Vana-Antsla_vallavalitsus, lk 160
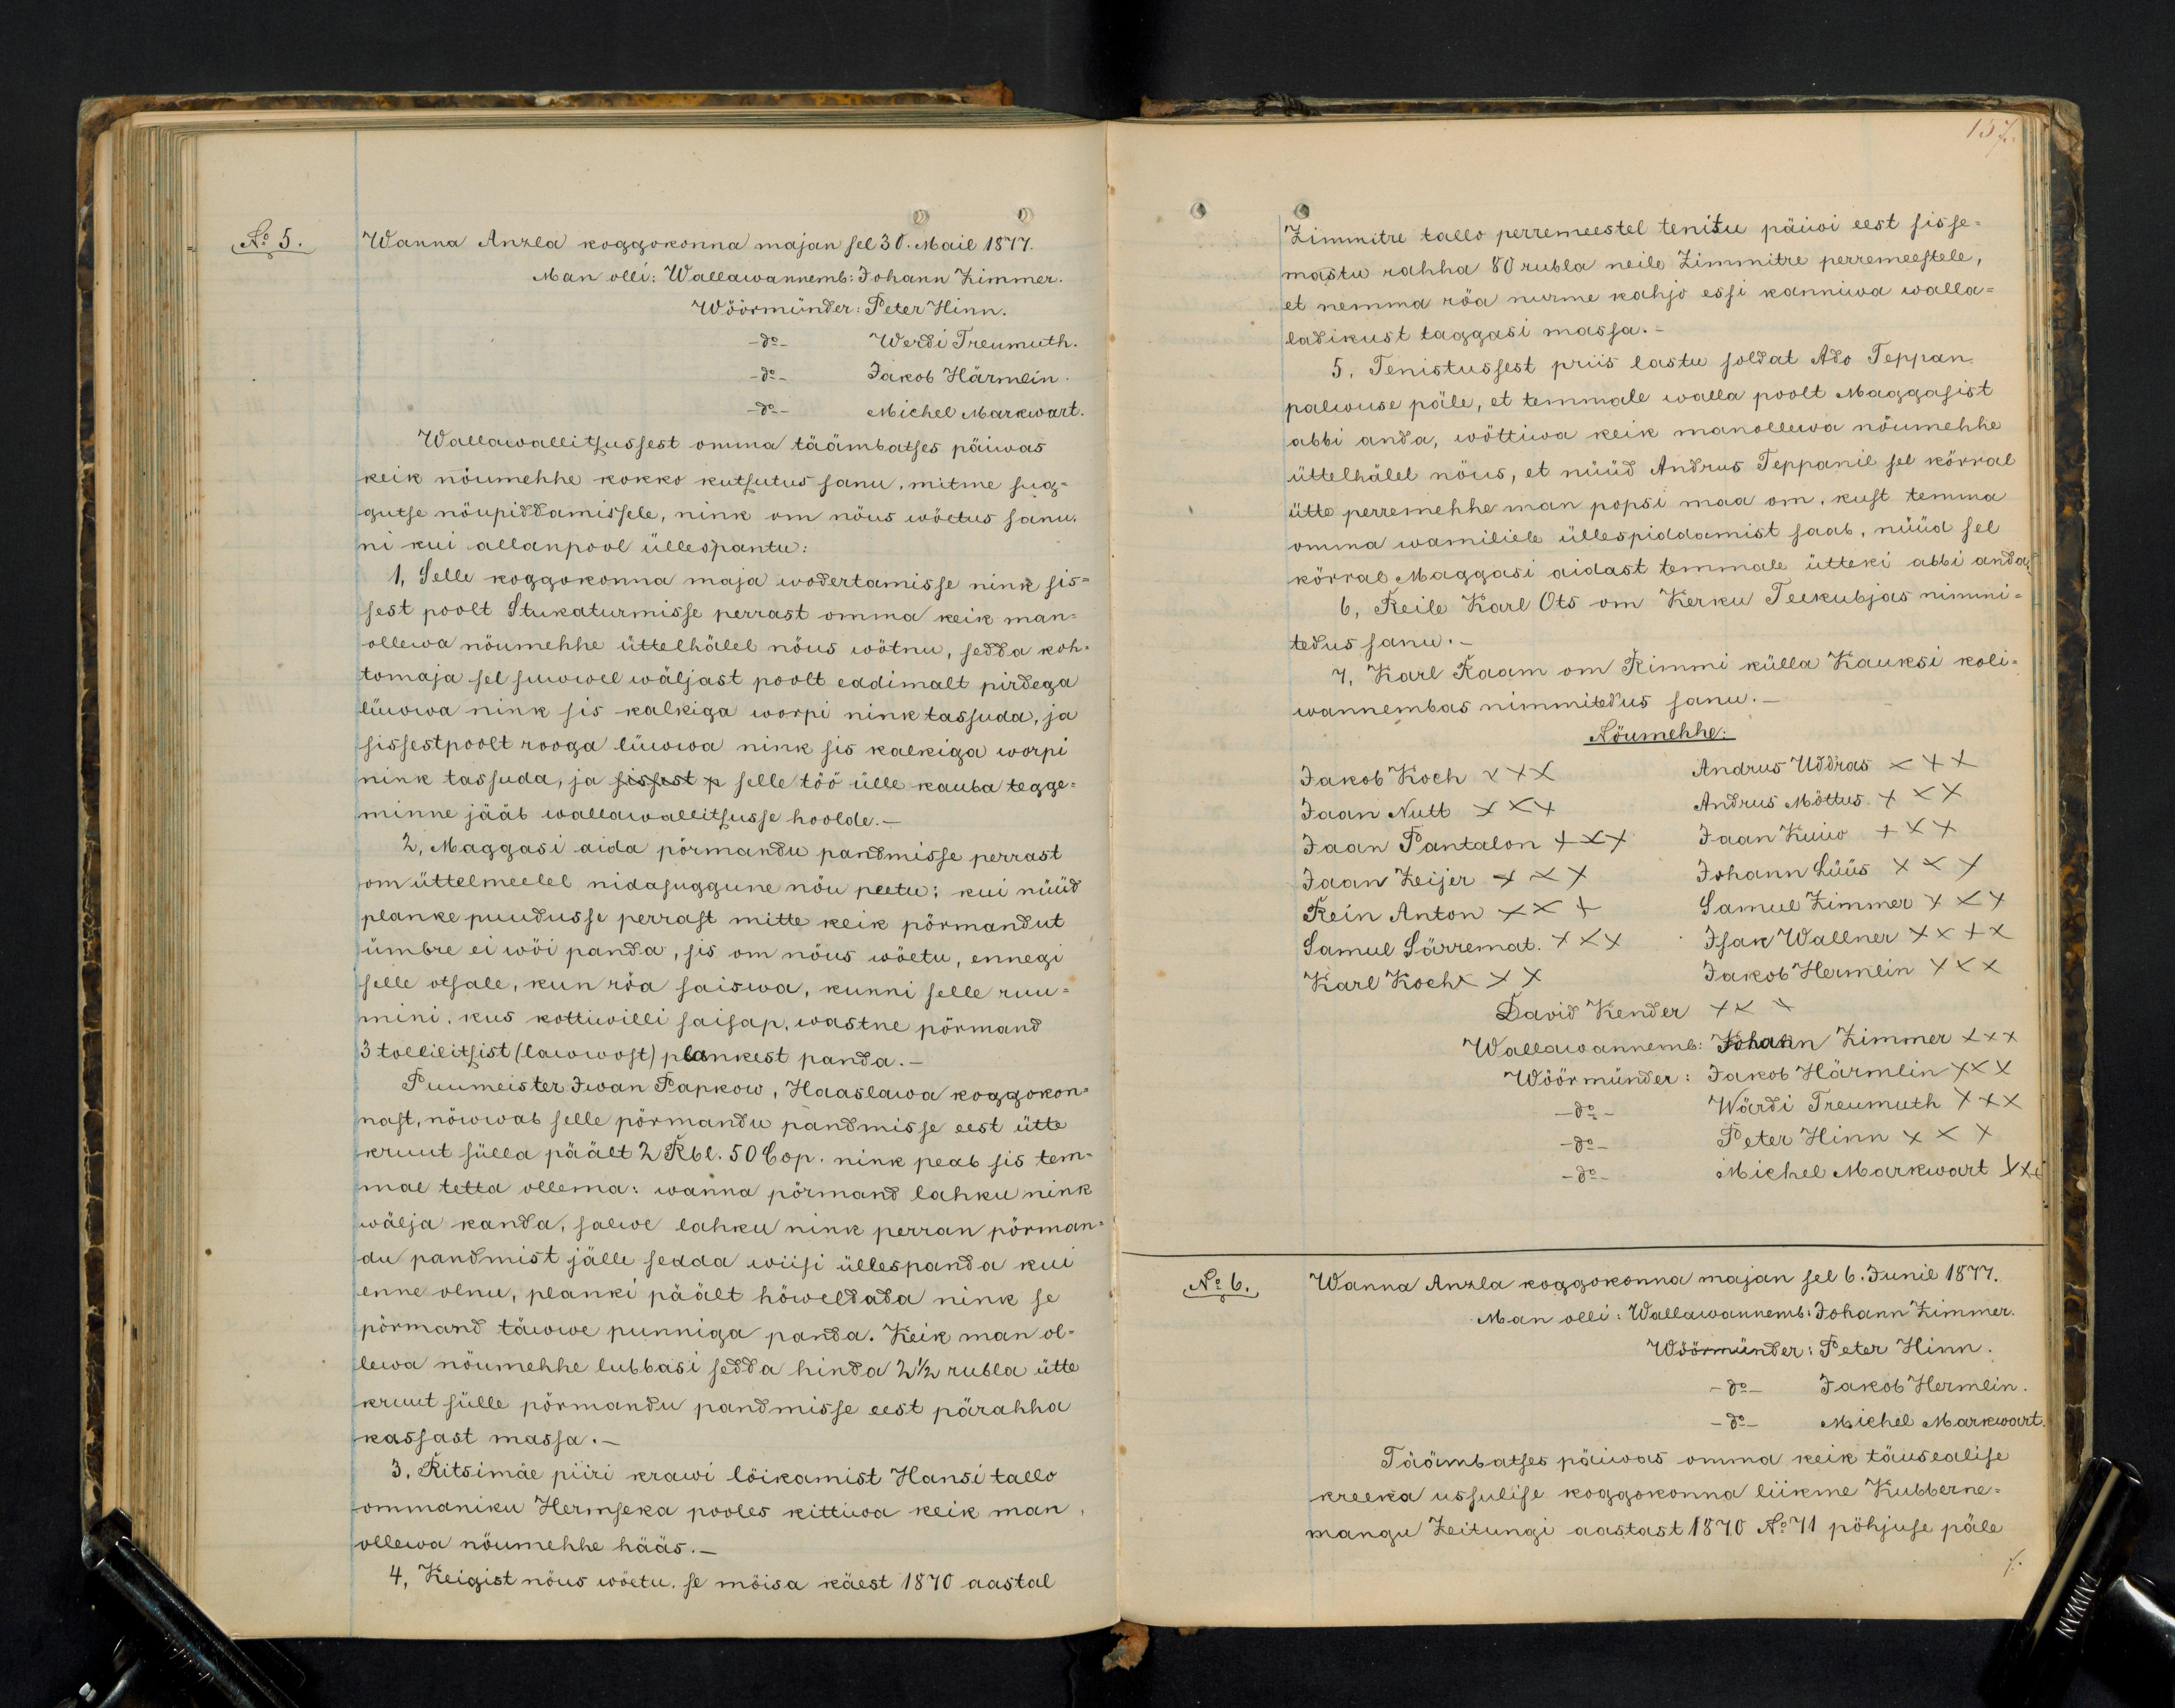
Wanna Anzla koggokonna majan sel 30. Mail 1877.
Man olli: Wallawannemb: Johann Zimmer.
Wöörmünder: Peter Hinn.
do - Werdi Treumuth.
do. Jakob Härmlin.
- do - Michel Markwart.
Wallawallitsussest omma täämbatses päiwas
keik nöumehhe kokko kutsutus sanu, mitme sug-
gutse nöupiddamissele, nink om nöus wöetus sanu
ni kui allanpool üllespantu:
1, Selle koggokonna maja wodertamisse nink sis-
sest poolt Stukaturmisse perrast omma keik man-
ollewa nöumehhe üttelhälel nöus wötnu, sedda koh-
tomaja sel suwwel wäljast poolt eddimalt pirdega
lüwwa nink sis kalkiga worpi nink tassuda, ja
sissestpoolt rooga lüwwa nink sis kalkiga worpi
nink tassuda, ja sissest p selle töö ülle kauba tegge-
minne jääb wallawallitsusse hoolde.
2, Maggasi aida pörmandu pandmisse perrast
om üttelmeelel nidasuggune nöu peetu: kui nüüd
planke puudusse perrast mitte keik pörmandut
ümbre ei wöi panda, sis om nöus wöetu, ennegi
selle otsale, kun röa saiswa, kinni selle ruu-
mini, kus kottiwilli saisap, wastne pörmand
3 tollilitsist (lawwost) plankest panda.
Puumeister Iwan Papkow, Haaslawa koggokon-
nast, nöwwab selle pörmandu pandmisse eest ütte
kruut sülla päält 2 Rbl. 50 kop. nink peab sis tem-
mal tetta ollema: wanna pörmand lahku nink
wälja kanda, salwe lahku nink perran pörman-
du pandmist jälle sedda wiisi üllespanda kui
enne olnu, planki päält höweltada nink se
pörmand täwwe punniga panda. Keik man ol-
lewa nöumehhe lubbasi sedda hinda 2 1/2 rubla ütte
kruut sülle pörmandu pandmisse eest pärahha
kassast massa.
3. Ritsimäe piiri krawi löikamist Hansi tallo
ommaniku Hermseka pooles kittiwa keik man
ollewa nöumehhe hääs. -
4, Keigist nöus wõetu, se möisa käest 1870 aastal

157
Zimmitre tallu perremeestel tenitu päiwi eest sisse-
mastu rahha 80 rubla neile Zimmitre perremeestele,
et nemma röa nurme kahjo essi kanniwa walla-
ladikust taggasi massa.
5. Tenistussest priis lastu soldat Ado Teppan
palwuse päle, et temmale walla poolt Maggasist
abbi anda, wõttiwa keik manollewa nöumehhe
üttelhälel nöus, et nüüd Andrus Teppanil sel körral
ütte perremehhe man popsi maa om, kust temma
omma wamiliele üllespiddamist saab, nüüd sel
körral Maggasi aidast temmale ütteki abbi anda
6, Reile Karl Ots on Kerku Teekubjas nimmi-
tedus sanu.-
7, Karl Raam on Rimmi külla Kauksi koli-
wannembas nimmitedus sanu.
Nöumehhe:
Jakob Koch XXX
Andrus Uddras XXX
Jaan Nutt XXX
Andrus Möttus XXX
Jaan Pantalon XXX
Jaan Kuiw XXX
Jaan Zeijer XXX
Johann Lüüs XXX
Rein Anton XXX
Samul Zimmer XXX
Samul Särremat XXX
Isak Wallner XXX
Karl Koch XXX
Jakob Hermlin XXX
David Kender XXX
Wallawannemb: Johann Zimmer xxx
Wöörmünder: Jakob Härmlin XXX
- do - Wärdi Treumuth XXX
- do - Peter Hinn XXX
- do - Michel Markwart xxx
No 6. Wanna Anzla koggokonna majan sel 6. Junil 1877.
Man olli: Wallawannemb: Johann Zimmer.
Wöörmünder: Peter Hinn.
- do - Jakob Hermlin
- do - Michel Markwart.
Täämbatses päiwas omma keik täusealise
kreeka ussulise koggokonna liikme Kuberne-
mangu Zeitungi aastast 1870 No 71 pöhjuse päle

No 5.